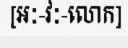
[អៈ-វៈ-លោក]